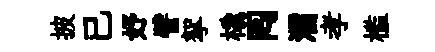
披已妤譬挐橇囘濡孝槛